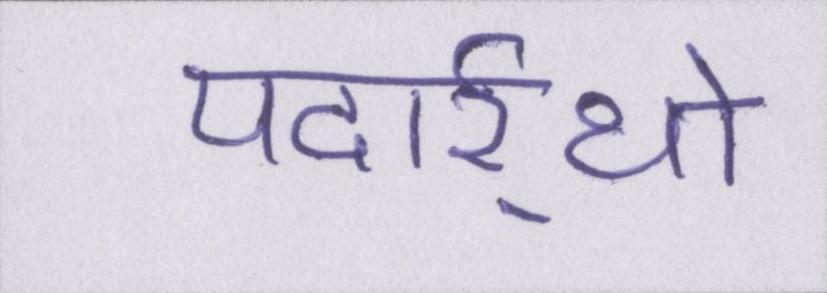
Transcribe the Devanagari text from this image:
पदार्र्थो